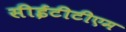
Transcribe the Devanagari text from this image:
सीईटीटीएम